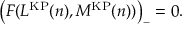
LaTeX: \left( F ( L ^ { \mathrm { K P } } ( n ) , M ^ { \mathrm { K P } } ( n ) ) \right) _ { - } = 0 .